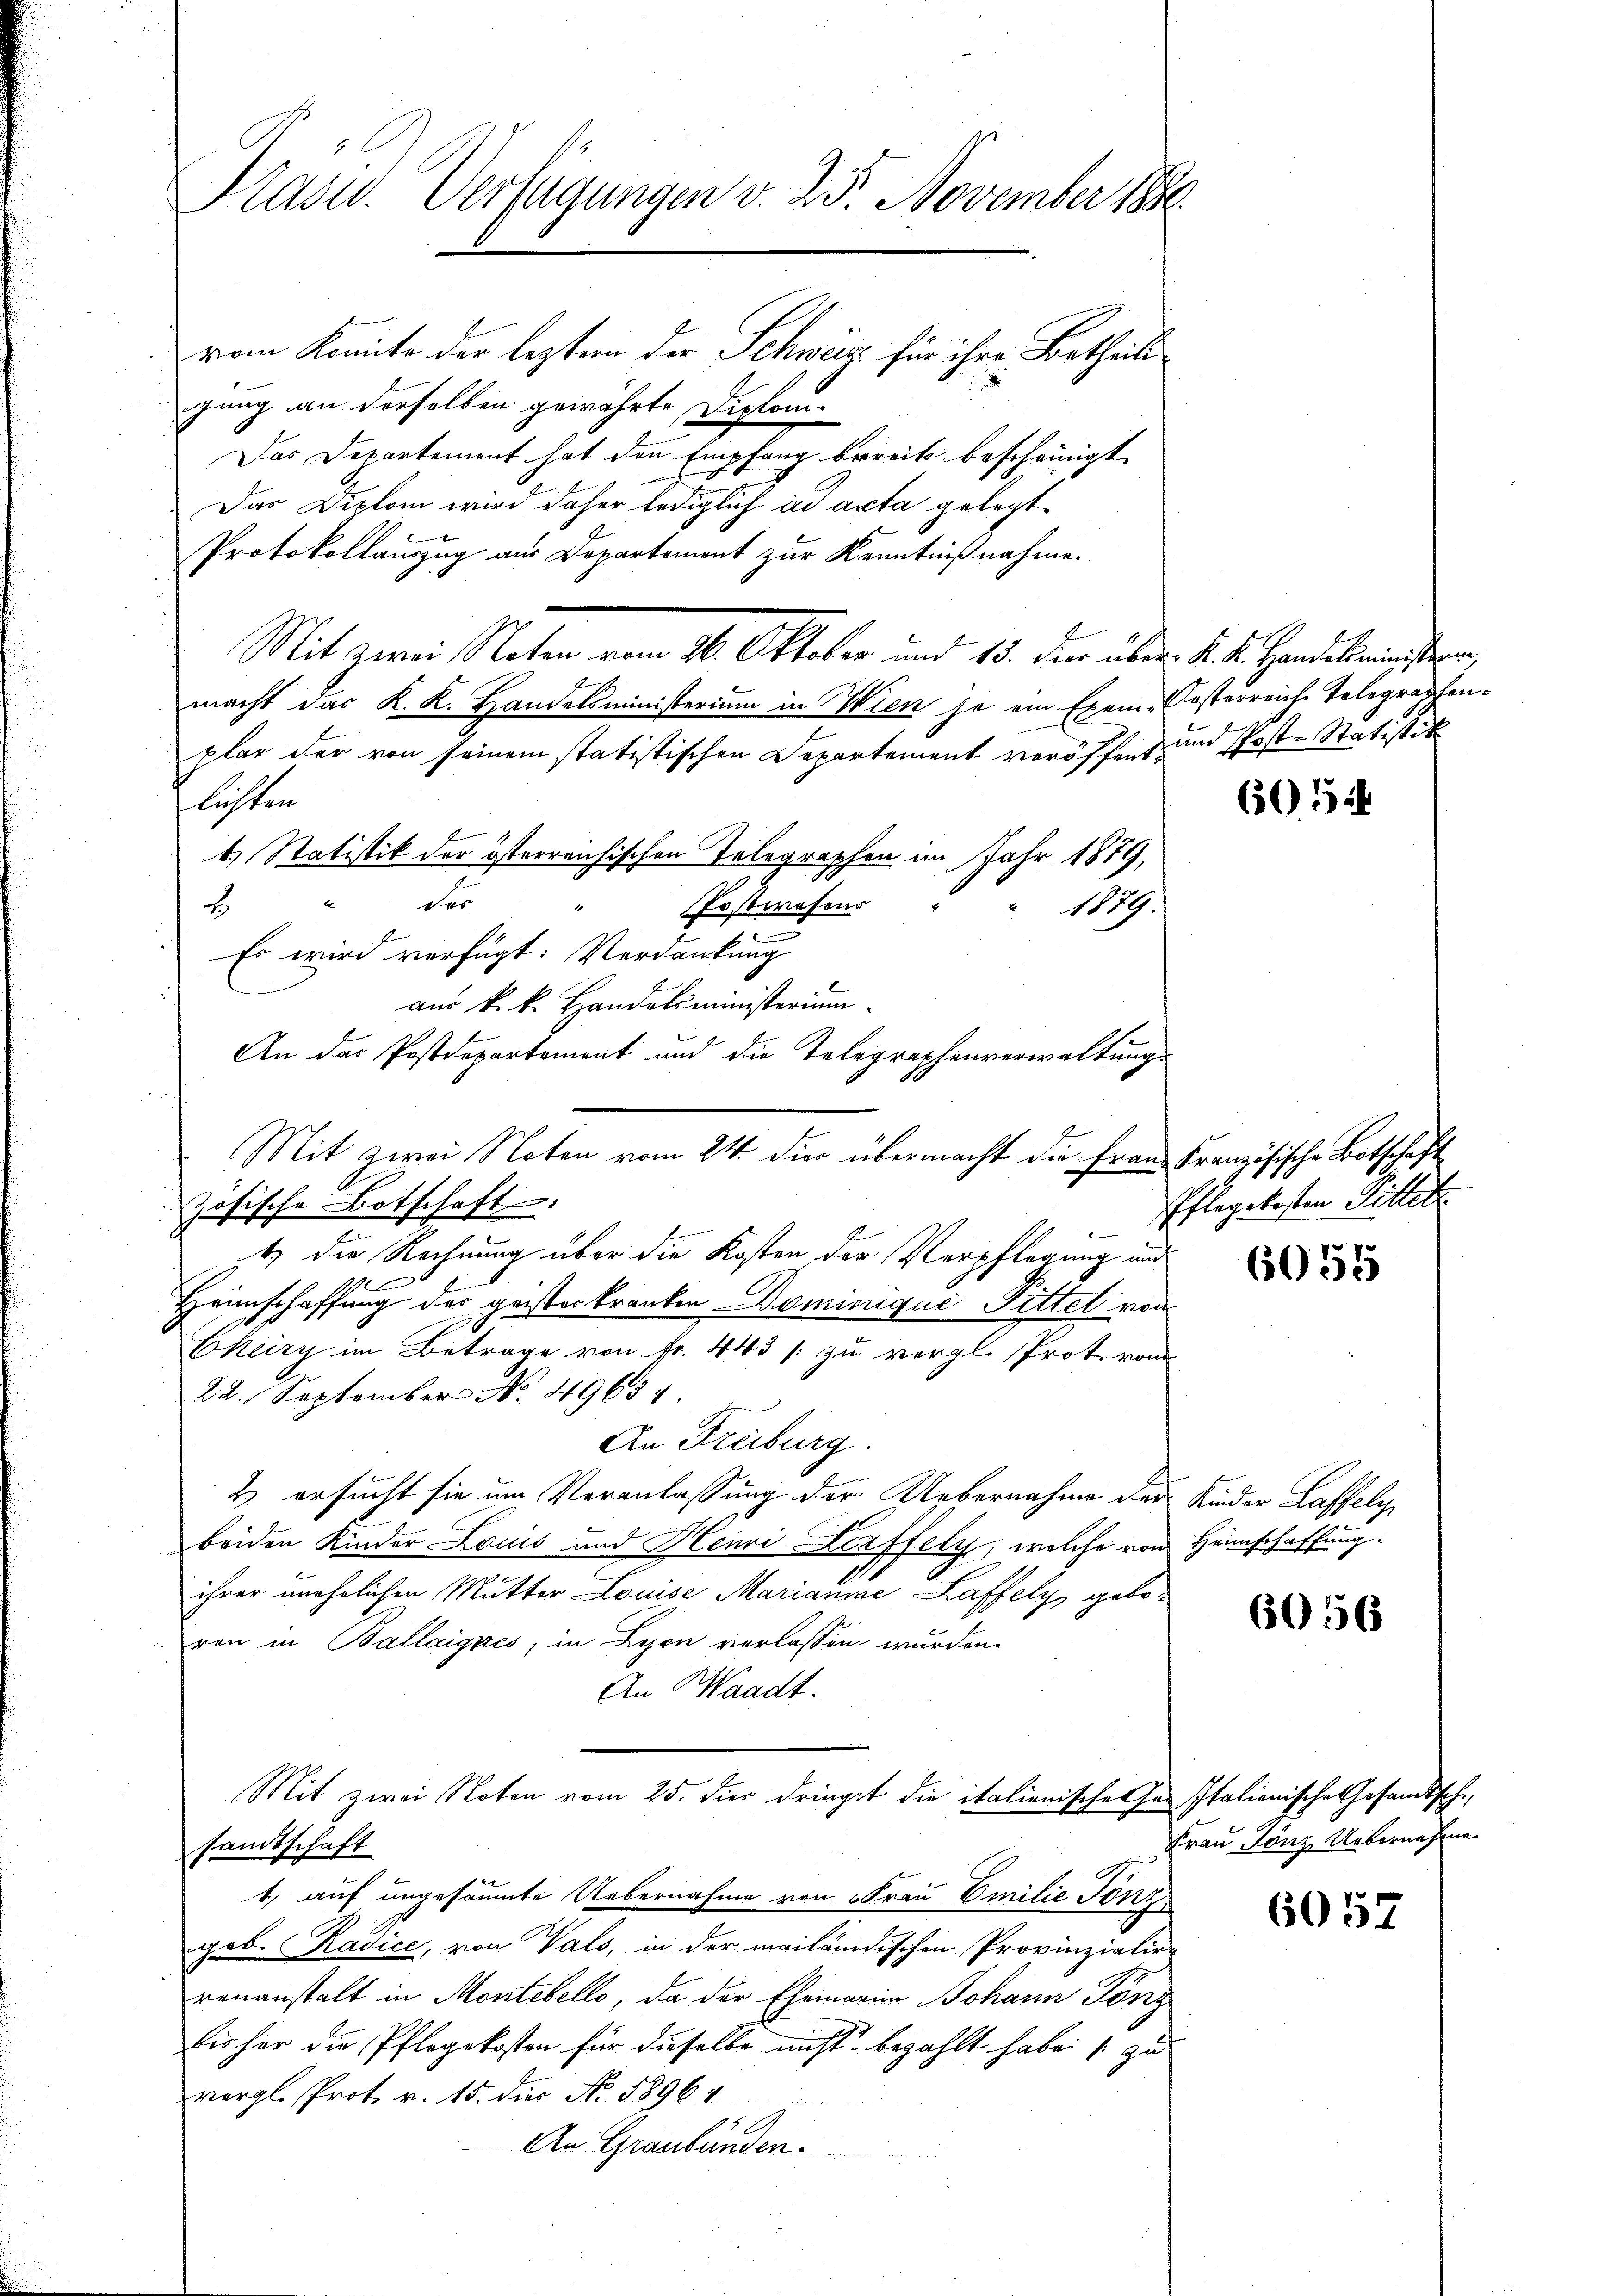
Krasw. Verfügungen v. 25. November 1880
vom Komite der lezter der Schweiz für ihre Betheil
gung an derselben gewährte Diplom¬
Das Departement hat den Empfang bereits bescheinigt

Das Diplom wird daher lediglich ad acta gelegt.
Protokollauszug aus Departement zur Kenntnißnahme.
plar der von seinem statistischen Departement veröffent, und Post-Statistik
flichten
4.) Statistik der österreusischen Telegraphen im Jahr 1879,
" des
2
Postwesens
1879.
Es wird verfügt: Verdankung
zösische Botschaft. |
e
t) die Rechnung über die Kosten der Verpflegung und
0
Heimschaffung des geisteskranken Dominiqué Pittet von
Ekeiry im Betrage von fr. 443 (: zu vergl. Prot. vom
22. September No. 49634.
An Freiburg.
2) ersucht sie um Veranlassung der Uebernahme der Kinder Laffeli
beiden Kinder Louis und Henri Herffely, welche von Heimschaffung.
ihrer unehelichen Mutter Louise Marianne Laffely geboren in Ballaignes, in Lyon verlassen, wurden.
An Waadt.
Mit zwei Noten vom 25. dies dringst die italienische Gr. Italienische Gesandtsch.
sandtschaft
1) auf ungesäumte Uebernahme von Frau Emilie Tonz
gob. Radice, von Vals, in der mailändischen Provinziation
renanstalt in Montebello, da der Ehemaria Johann Förg
bisher die Pflegekosten für dieselbe nicht bezahlt habe s. zu
vergl. Prot v. 15. dies No. 5896. 4
An Graubünden.

Mit zwei Noten vom 16. Oktober und 15. den über d. d. Handekommissen,
macht das K. K. Handelsministerium in Wien ja ein Exem-Kosterreiche Telegraphen¬

aus k. k. Handelsministerium
An das Postdepartement und die Telegraphenverwaltung
Mit zwei Noten vom 24. die übermacht die Franz Französische Botschaft

605

Pflegekosten Pillet

6055

6056

Frau Jönz Uebernahme

6057